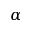
\alpha